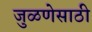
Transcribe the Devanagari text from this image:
जुळणेसाठी